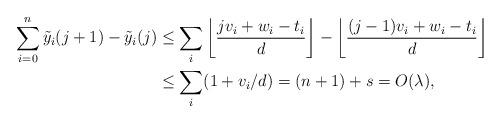
LaTeX: \begin{align*} \sum_{i=0}^n \tilde y_i(j+1) - \tilde y_i(j) & \leq \sum_i \left\lfloor \frac{jv_i + w_i - t_i}{d} \right\rfloor - \left\lfloor \frac{(j - 1)v_i + w_i - t_i}{d} \right\rfloor \\ & \leq \sum_i (1 + v_i/d) = (n + 1) + s = O(\lambda),\end{align*}